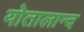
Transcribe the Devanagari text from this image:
योतालान्द